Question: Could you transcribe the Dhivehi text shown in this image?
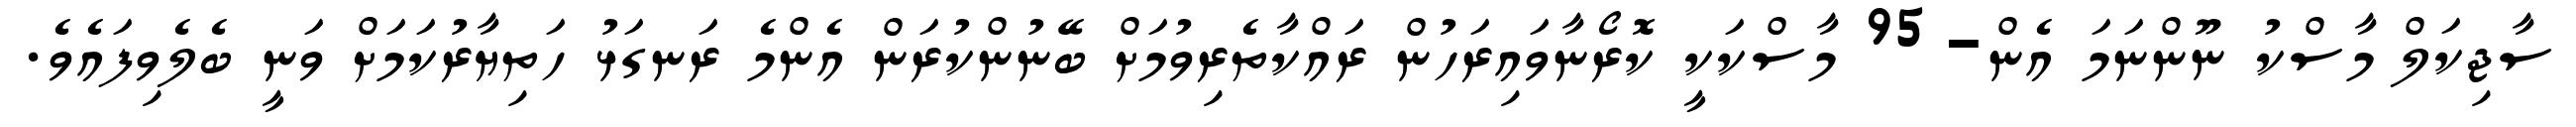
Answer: ސާޖިކަލް މާސްކު ނޫންނަމަ އެން-95 މާސްކަކީ ކޮރޯނާވައިރަހުން ރައްކާތެރިވުމަށް ބޭނުންކުރަން އެންމެ ރަނގަޅު ހަތިޔާރުކަމަށް ވަނީ ބެލެވިފައެވެ.